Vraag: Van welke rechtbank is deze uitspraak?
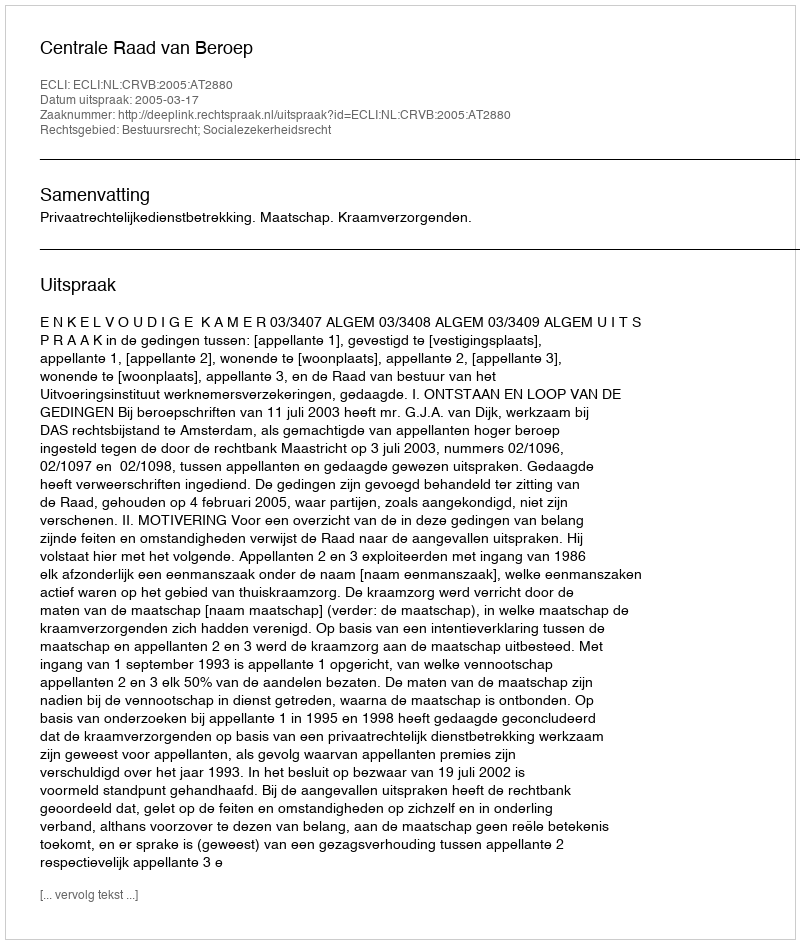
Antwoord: Centrale Raad van Beroep